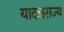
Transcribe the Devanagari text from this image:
यादवराज्य